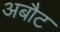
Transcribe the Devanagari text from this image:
अबौट